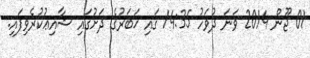
01 ޖޫން 2014 ވަނަ ދުވަހު 14:35 ގައި ޚަބަރުގެ ދަށުގައި ޝާއިޢުކުރެވިފައި.